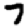
Digit: 7